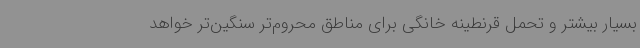
بسیار بیشتر و تحمل قرنطینه خانگی برای مناطق محروم‌تر سنگین‌تر خواهد